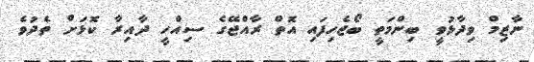
ނާޒިމް ވިދާޅުވީ ބިންމަތީ ބޯޖެހިފައި އޮތް ރާއްޖޭގެ ސިއްހީ ދާއިރާ ކޮޅަށް ތެދުވެ